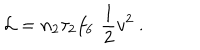
LaTeX: { \cal L } = n _ { 2 } \tau _ { 2 } f _ { 6 } \, \, \frac { 1 } { 2 } v ^ { 2 } \ .